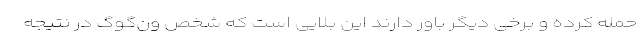
حمله کرده و برخی دیگر باور دارند این بلایی است که شخص ون‌گوگ در نتیجه